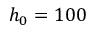
h _ { 0 } = 1 0 0